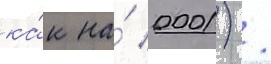
ка́к на́ 0001) /